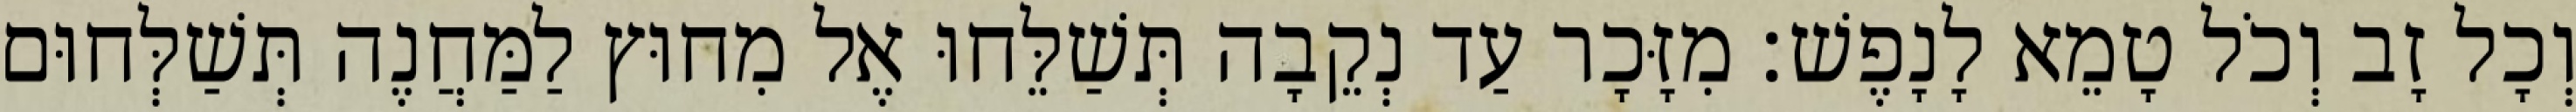
וְכָל זָב וְכֹל טָמֵא לָנָפֶשׁ׃ מִזָּכָר עַד נְקֵבָה תְּשַׁלֵּחוּ אֶל מִחוּץ לַמַּחֲנֶה תְּשַׁלְּחוּם